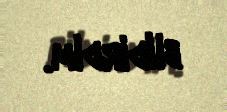
bildirdim.